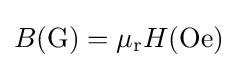
B({\text{G}})=\mu _{\text{r}}H({\text{Oe}})